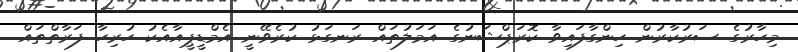
މިހާރުގެ ސަރުކާރުން ހިންގާފައިވާ ކޮރަޕްޝަނުގެ އަމަލުތައް ރަނގަޅު ކުރެވޭނީ އެމްޑީޕީއާއެކު ހުރިހާ ފަރާތްތައް